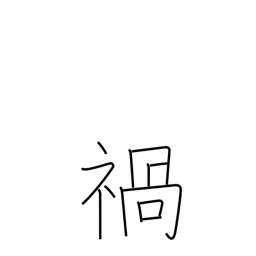
Meaning: calamity